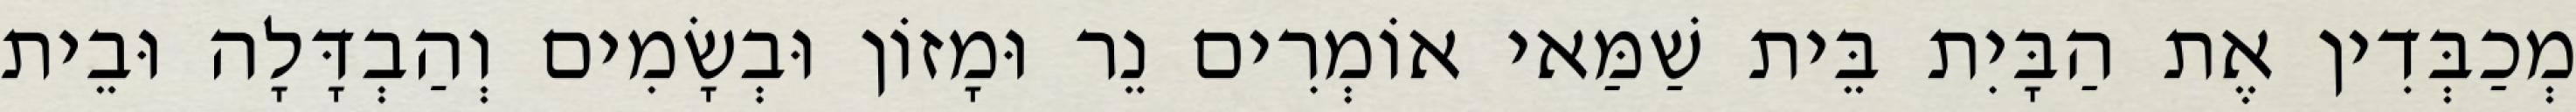
מְכַבְּדִין אֶת הַבָּיִת בֵּית שַׁמַּאי אוֹמְרִים נֵר וּמָזוֹן וּבְשָׂמִים וְהַבְדָּלָה וּבֵית